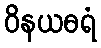
ဝိနယဓရံ